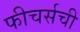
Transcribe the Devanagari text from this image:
फीचर्सची